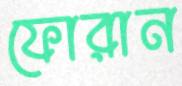
ফোরান